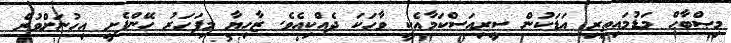
މިޞްބާޙް މަޑުމައިތިރި އަޑަކުން ސީރިއަސްކަމާއެކީ ވާހަކަ ދެއްކިއެވެ. ޒާހިޔާ މިފަހަރު ހޭންފެށީ އިހުނަށްވުރެ